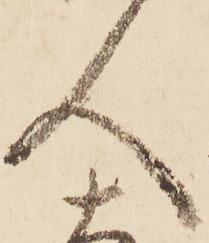
人